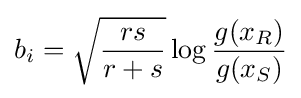
b_{i}={\sqrt {\frac {rs}{r+s}}}\log {\frac {g(x_{R})}{g(x_{S})}}